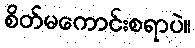
စိတ်မကောင်းစရာပဲ။